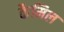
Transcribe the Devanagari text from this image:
कैमिल